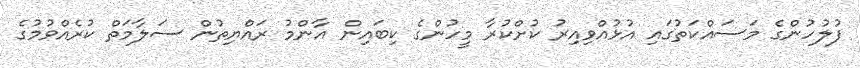
ފުލުހުންގެ މަސައްކަތުގައި އުޅުއްވިއިރު ކުށްކުރާ މީހުންގެ ކިބައިން އާންމު ރައްޔިތުން ސަލާމަތް ކުރެއްވުމުގެ